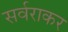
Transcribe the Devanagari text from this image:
सर्वराकर